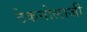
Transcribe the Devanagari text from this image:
टेकनोलाजी